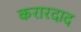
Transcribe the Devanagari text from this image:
करारदाद